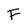
Character: F